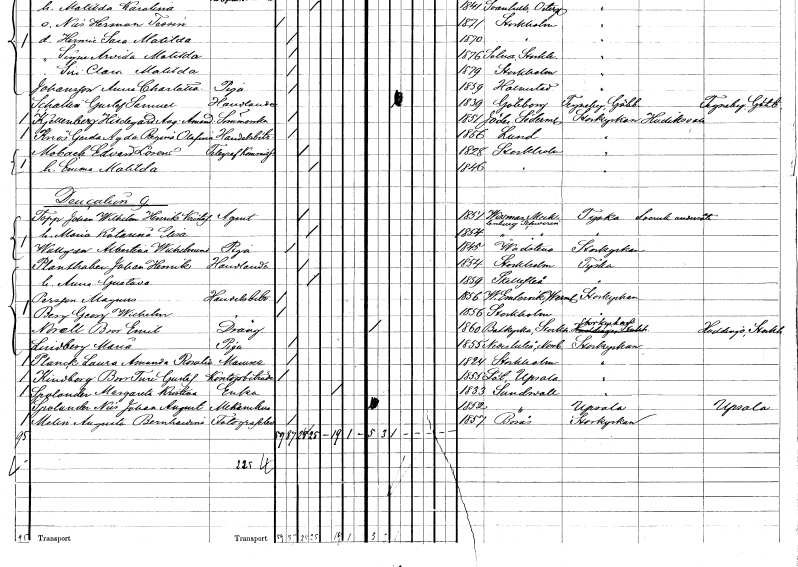
gt_parse: households: individuals: FN: Edvard Lorens
EN: Moback
YRKE: Telegrafkommissarie
KON: M
CIV: G
FODAR: 1828
FODFORS: Stockholm
FN: Emma Matilda
KON: K
CIV: G
FODAR: 1846
FODFORS: Stockholm
FN: Johan Wilhelm Henrik Kristoffer
EN: Topp
YRKE: Agent
KON: M
CIV: G
FODAR: 1851
FN: Maria Katarina Elisa
KON: K
CIV: G
FODAR: 1854
FN: Albertina Wilhelmina
EN: Wallgren
YRKE: Piga
KON: K
CIV: O
FODAR: 1845
FODFORS: Vadstena Östergötlands län
FN: Johan Henrik
EN: Planthaben
YRKE: Handlande
KON: M
CIV: G
FODAR: 1854
FODFORS: Stockholm
FN: Anna Gustava
KON: K
CIV: G
FODAR: 1859
FODFORS: Skellefteå Västerbottens län
FN: Magnus
EN: Persson
YRKE: Handelsbiträde
KON: M
CIV: O
FODAR: 1856
FODFORS: Västra Ämtervik Värmlands län
FN: Georg Wilhelm
EN: Berg
YRKE: Handelsbiträde
KON: M
CIV: O
FODAR: 1856
FODFORS: Stockholm
FN: Bror Emil
EN: Norell
YRKE: Dräng
KON: M
CIV: O
FODAR: 1860
FODFORS: Botkyrka Stockholms län
FN: Maria
EN: Lindberg
YRKE: Piga
KON: K
CIV: O
FODAR: 1855
FODFORS: Nederluleå Norrbottens län
FN: Laura Amanda Rosalia
EN: Planck
KON: K
CIV: O
FODAR: 1824
FODFORS: Stockholm
FN: Bror Ture Gustaf
EN: Kindborg
YRKE: Kontorsbiträde
KON: M
CIV: O
FODAR: 1855
FODFORS: Löt Uppsala län
FN: Margareta Kristina
EN: Spolander
YRKE: Änka
KON: K
CIV: E
FODAR: 1833
FODFORS: Sundsvall Västernorrlands län
FN: Nils Johan August
EN: Spolander
YRKE: Mekaniker
KON: M
CIV: O
FODAR: 1852
FODFORS: Sundsvall Västernorrlands län
FN: Augusta Bernhardina
EN: Molin
YRKE: Fotografielev
KON: K
CIV: O
FODAR: 1857
FODFORS: Borås Älvsborgs län